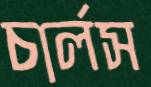
চার্লস